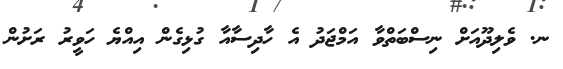
ނ. ވެލިދޫއަށް ނިސްބަތްވާ އަމްޖަދު އެ ހާދިސާއާ ގުޅިގެން އިއްޔެ ހަވީރު ރަށުން